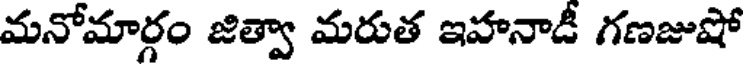
మనోమార్గం జిత్వా మరుత ఇహనాడీ గణజుషో